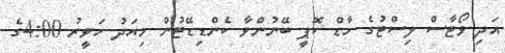
އަދި ވޯޓާސް ލިސްޓުގެ ހާޑް ކޮޕީ ބޭނުންވާ ކެންޑިޑޭޓުން މިއަދު ހަވީރު 4:00ގެ